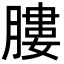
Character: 膢